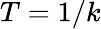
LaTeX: T=1/k